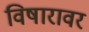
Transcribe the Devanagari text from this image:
विषारावर